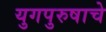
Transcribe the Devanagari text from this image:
युगपुरुषाचे